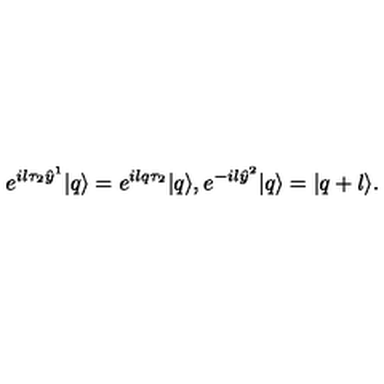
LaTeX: e ^ { i l \tau _ { 2 } \hat { y } ^ { 1 } } | q \rangle = e ^ { i l q \tau _ { 2 } } | q \rangle , e ^ { - i l \hat { y } ^ { 2 } } | q \rangle = | q + l \rangle .